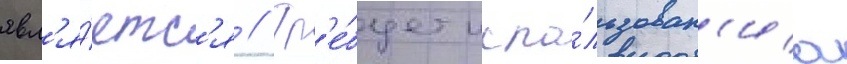
явл'я́етс'я // Тр'е́бует испо́льзован'иа